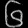
Digit: ၆